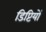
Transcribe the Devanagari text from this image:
डिप्टियों